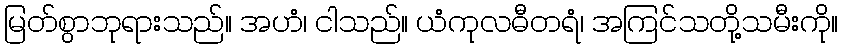
မြတ်စွာဘုရားသည်။ အဟံ၊ ငါသည်။ ယံကုလဓီတရံ၊ အကြင်သတို့သမီးကို။